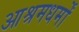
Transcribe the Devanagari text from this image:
आश्रमधर्मों